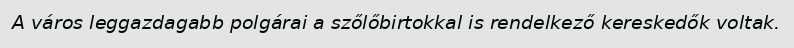
A város leggazdagabb polgárai a szőlőbirtokkal is rendelkező kereskedők voltak.